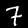
Label: 7